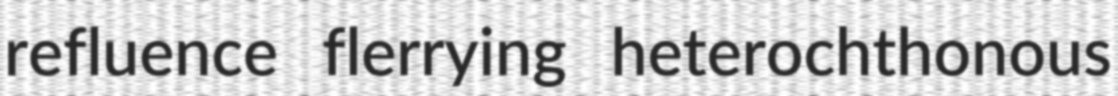
refluence flerrying heterochthonous